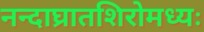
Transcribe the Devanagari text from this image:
नन्दाघ्रातशिरोमध्यः